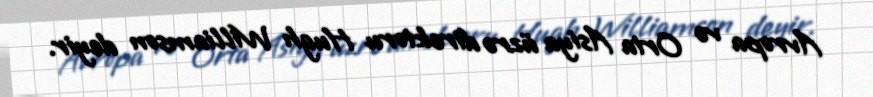
Avropa və Orta Asiya üzrə direktoru Hugh Williamson deyir.